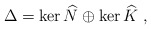
\begin{align*}\Delta = \ker\widehat{N} \oplus \ker\widehat{K}~,\end{align*}